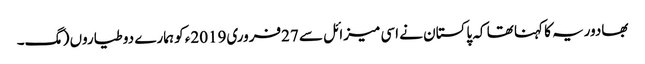
بھادوریہ کا کہنا تھا کہ پاکستان نے اسی میزائل سے 27فروری2019ء کو ہمارے دو طیاروں (مگ۔